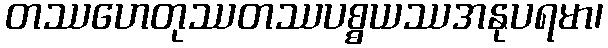
တဿဟေတုဿတဿပစ္စယဿအနုပရမာ၊